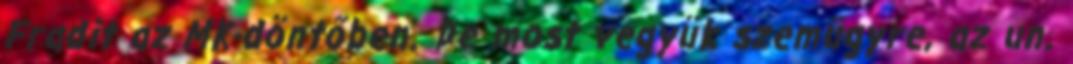
Fradit az MK-döntőben. De most vegyük szemügyre, az un.